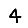
Digit: 4